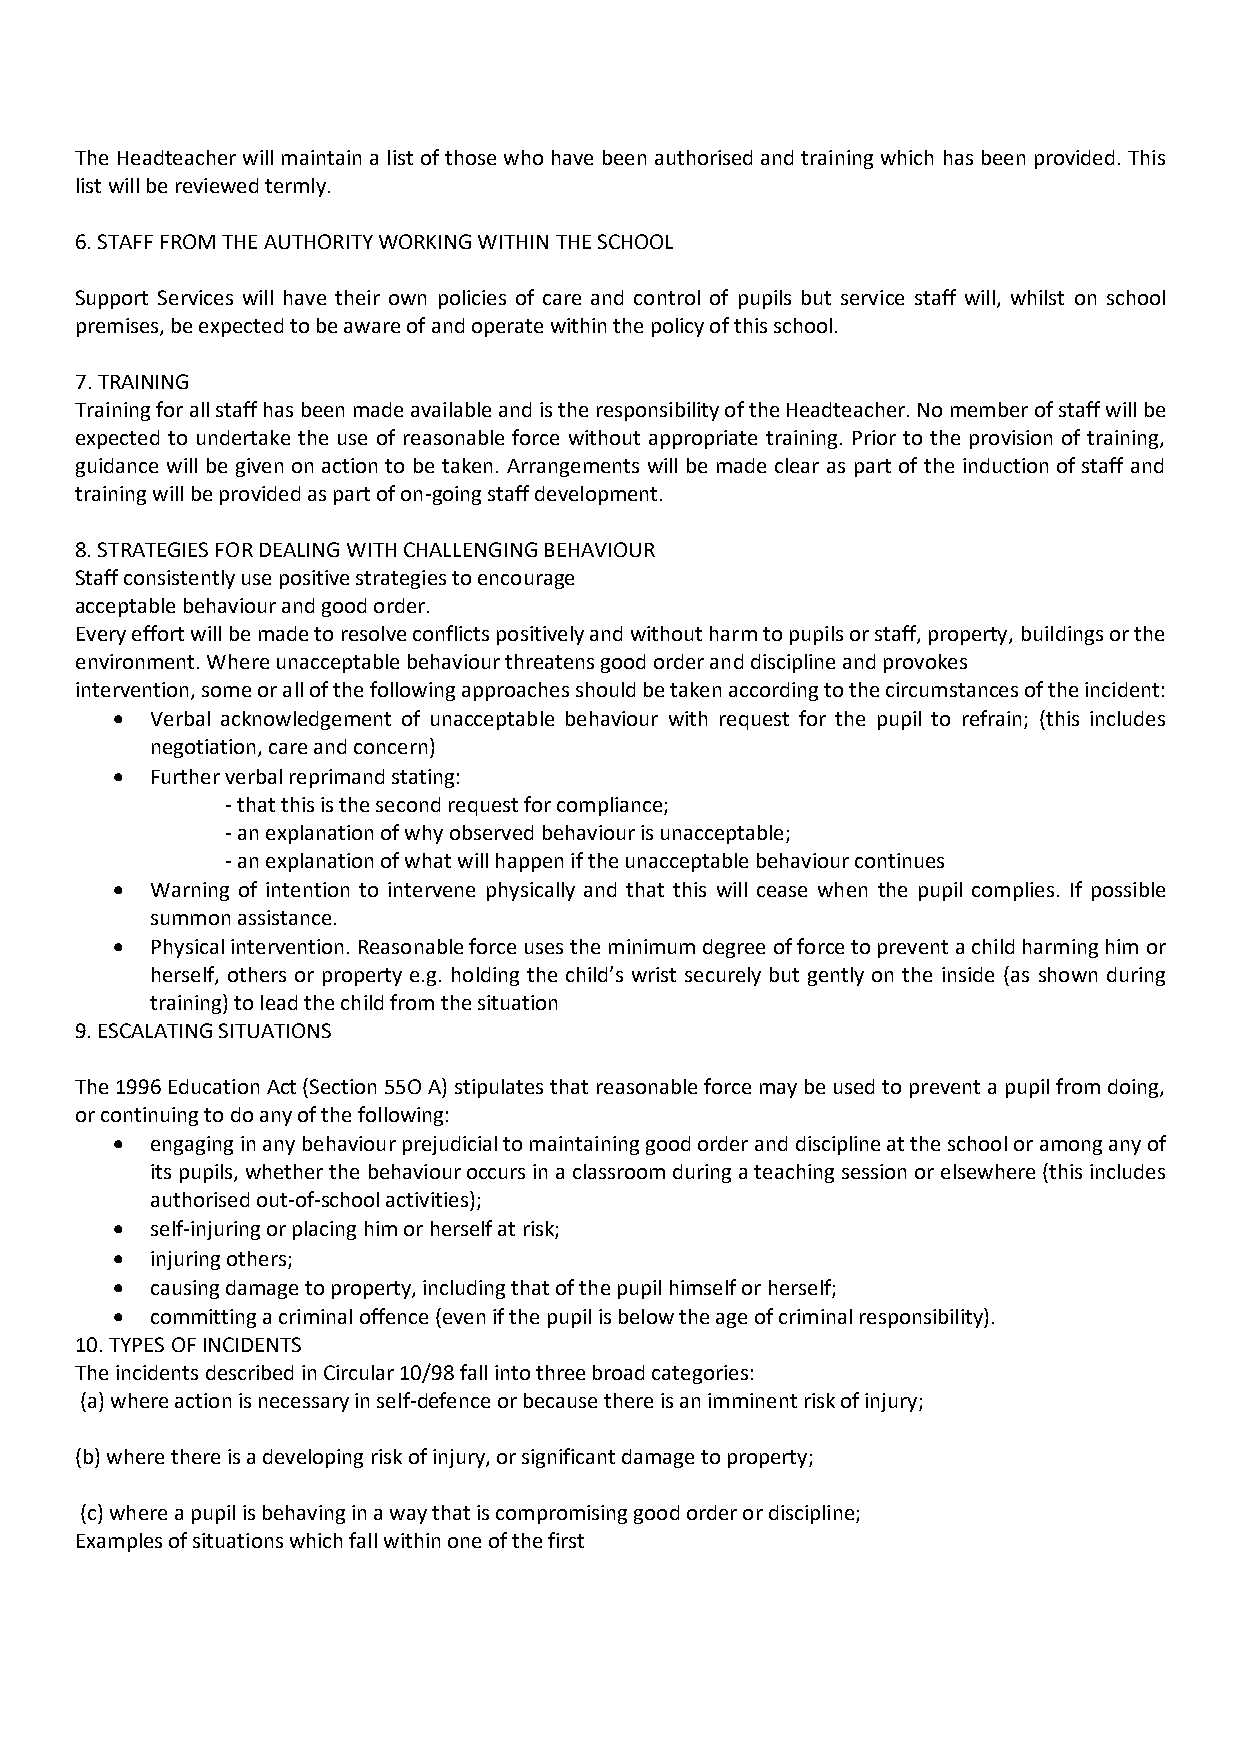
The Headteacher will maintain a list of those who have been authorised and training which has been provided. This
 list will be reviewed termly.
 6. STAFF FROM THE AUTHORITY WORKING WITHIN THE SCHOOL
 Support Services will have their own policies of care and control of pupils but service staff will, whilst on school
 premises, be expected to be aware of and operate within the policy of this school.
 7. TRAINING
 Training for all staff has been made available and is the responsibility of the Headteacher. No member of staff will be
 expected to undertake the use of reasonable force without appropriate training. Prior to the provision of training,
 guidance will be given on action to be taken. Arrangements will be made clear as part of the induction of staff and
 training will be provided as part of on-going staff development.
 8. STRATEGIES FOR DEALING WITH CHALLENGING BEHAVIOUR
 Staff consistently use positive strategies to encourage
 acceptable behaviour and good order.
 Every effort will be made to resolve conflicts positively and without harm to pupils or staff, property, buildings or the
 environment. Where unacceptable behaviour threatens good order and discipline and provokes
 intervention, some or all of the following approaches should be taken according to the circumstances of the incident:
   Verbal acknowledgement of unacceptable behaviour with request for the pupil to refrain; (this includes
 negotiation, care and concern)
   Further verbal reprimand stating:
 - that this is the second request for compliance;
 - an explanation of why observed behaviour is unacceptable;
 - an explanation of what will happen if the unacceptable behaviour continues
   Warning of intention to intervene physically and that this will cease when the pupil complies. If possible
 summon assistance.
   Physical intervention. Reasonable force uses the minimum degree of force to prevent a child harming him or
 herself, others or property e.g. holding the child’s wrist securely but gently on the inside (as shown during
 training) to lead the child from the situation
 9. ESCALATING SITUATIONS
 The 1996 Education Act (Section 55O A) stipulates that reasonable force may be used to prevent a pupil from doing,
 or continuing to do any of the following:
   engaging in any behaviour prejudicial to maintaining good order and discipline at the school or among any of
 its pupils, whether the behaviour occurs in a classroom during a teaching session or elsewhere (this includes
 authorised out-of-school activities);
   self-injuring or placing him or herself at risk;
   injuring others;
   causing damage to property, including that of the pupil himself or herself;
   committing a criminal offence (even if the pupil is below the age of criminal responsibility).
 10. TYPES OF INCIDENTS
 The incidents described in Circular 10/98 fall into three broad categories:
 (a) where action is necessary in self-defence or because there is an imminent risk of injury;
 (b) where there is a developing risk of injury, or significant damage to property;
 (c) where a pupil is behaving in a way that is compromising good order or discipline;
 Examples of situations which fall within one of the first